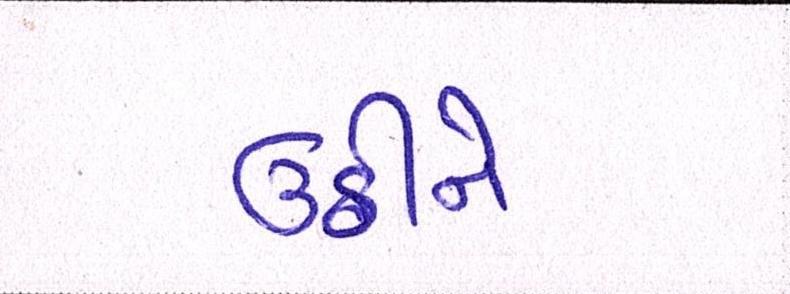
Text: ઉઠીને